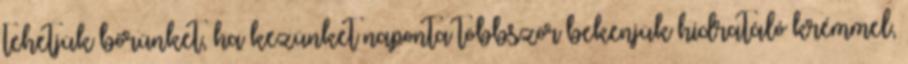
tehetjük bőrünket, ha kezünket naponta többször bekenjük hidratáló krémmel,